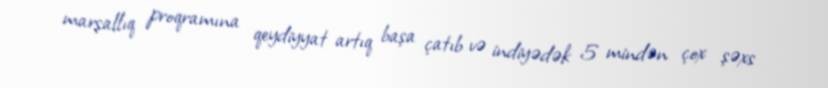
marşallıq proqramına qeydiyyat artıq başa çatıb və indiyədək 5 mindən çox şəxs